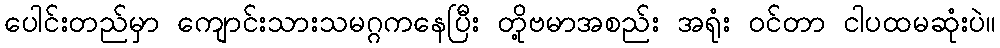
ပေါင်းတည်မှာ ကျောင်းသားသမဂ္ဂကနေပြီး တို့ဗမာအစည်း အရုံး ဝင်တာ ငါပထမဆုံးပဲ။